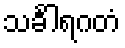
သင်္ခါရဂတံ